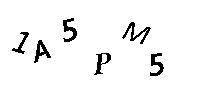
1A5PM5